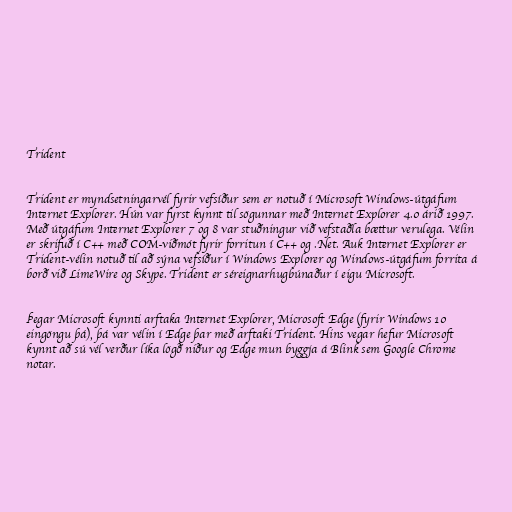
Trident

Trident er myndsetningarvél fyrir vefsíður sem er notuð í Microsoft Windows-útgáfum
Internet Explorer. Hún var fyrst kynnt til sögunnar með Internet Explorer 4.0 árið 1997.
Með útgáfum Internet Explorer 7 og 8 var stuðningur við vefstaðla bættur verulega. Vélin
er skrifuð í C++ með COM-viðmót fyrir forritun í C++ og .Net. Auk Internet Explorer er
Trident-vélin notuð til að sýna vefsíður í Windows Explorer og Windows-útgáfum forrita á
borð við LimeWire og Skype. Trident er séreignarhugbúnaður í eigu Microsoft.

Þegar Microsoft kynnti arftaka Internet Explorer, Microsoft Edge (fyrir Windows 10
eingöngu þá), þá var vélin í Edge þar með arftaki Trident. Hins vegar hefur Microsoft
kynnt að sú vél verður líka lögð niður og Edge mun byggja á Blink sem Google Chrome
notar.